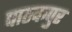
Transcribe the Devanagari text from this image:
पाठकपुर